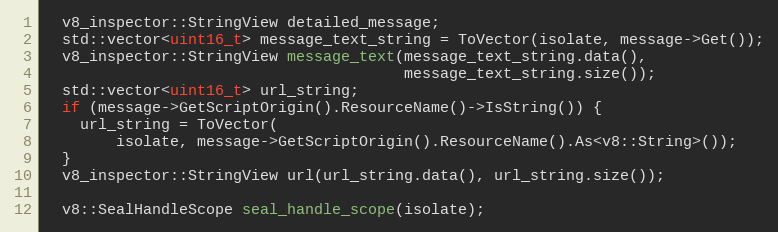
Language: C++
  v8_inspector::StringView detailed_message;
  std::vector<uint16_t> message_text_string = ToVector(isolate, message->Get());
  v8_inspector::StringView message_text(message_text_string.data(),
                                        message_text_string.size());
  std::vector<uint16_t> url_string;
  if (message->GetScriptOrigin().ResourceName()->IsString()) {
    url_string = ToVector(
        isolate, message->GetScriptOrigin().ResourceName().As<v8::String>());
  }
  v8_inspector::StringView url(url_string.data(), url_string.size());

  v8::SealHandleScope seal_handle_scope(isolate);